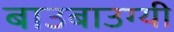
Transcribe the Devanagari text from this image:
बाउबाउग्यी